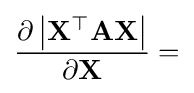
{\frac {\partial \left|\mathbf {X^{\top }} \mathbf {A} \mathbf {X} \right|}{\partial \mathbf {X} }}=